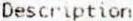
DESCRIPTION